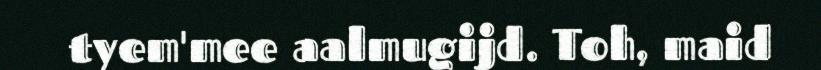
tyem'mee aalmugijd. Toh, maid